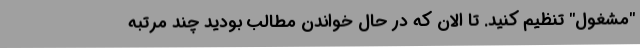
"مشغول" تنظیم کنید. تا الان که در حال خواندن مطالب بودید چند مرتبه